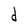
Character: d